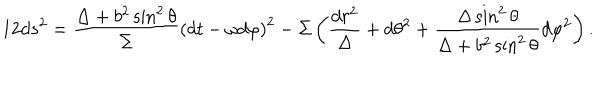
1 2 d s ^ { 2 } = \frac { \Delta + b ^ { 2 } \sin ^ { 2 } \theta } { \Sigma } \left( d t - \omega d \varphi \right) ^ { 2 } - \Sigma \left( \frac { d r ^ { 2 } } { \Delta } + d \theta ^ { 2 } + \frac { \Delta \sin ^ { 2 } \theta } { \Delta + b ^ { 2 } \sin ^ { 2 } \theta } d \varphi ^ { 2 } \right) .